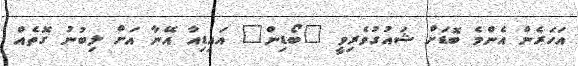
އަހަރެން އެންމެ ބޮޑަށް ޝައުގުވެރިވީ "ބޯޑިން" އައިޑިއާ އޭނާ އަށް ލިބުނު ގޮތެއް